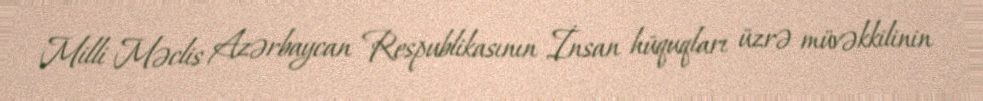
Milli Məclis Azərbaycan Respublikasının İnsan hüquqları üzrə müvəkkilinin